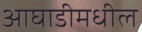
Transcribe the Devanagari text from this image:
आघाडीमधील